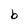
Character: b